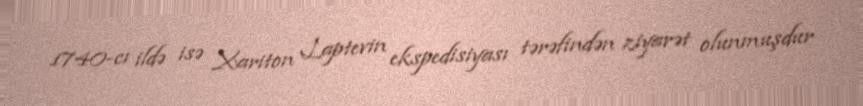
1740-cı ildə isə Xariton Laptevin ekspedisiyası tərəfindən ziyarət olunmuşdur